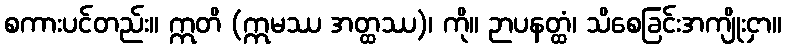
စကားပင်တည်း။ ဣတိ (ဣမဿ အတ္ထဿ)၊ ကို။ ဉာပနတ္ထံ၊ သိစေခြင်းအကျိုးငှာ။